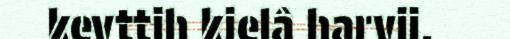
kevttih kielâ harvii.